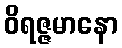
ဝိရဇ္ဇမာနော